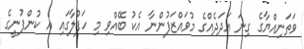
ވަތަނިއްޔާގެ ގިނަ އަދަދެއްގެ މުވައްޒަފުންނާ އެކު ބޭއްވި މި ހަފުލާގައި އެ ކުންފުނީގެ